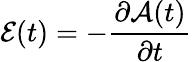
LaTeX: \mathcal{E}(t)=-\frac{\partial\mathcal{A}(t)}{\partial t}